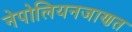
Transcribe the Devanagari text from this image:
नेपोलियनजाणत